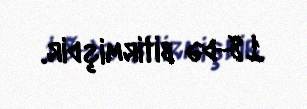
18-də bitirmişdir.